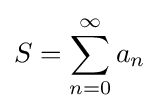
S=\sum _{n=0}^{\infty }a_{n}